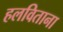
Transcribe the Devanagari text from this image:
हलविताना